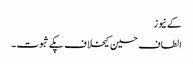
کے نیوز
الطاف حسین کیخلاف پکے ثبوت ۔